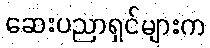
ဆေးပညာရှင်များက